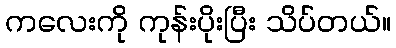
ကလေးကို ကုန်းပိုးပြီး သိပ်တယ်။